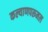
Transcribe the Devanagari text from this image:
कल्याणपरूमल